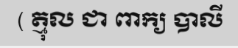
( ត្មុល ជា ពាក្យ បាលី